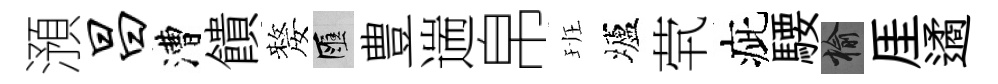
澦昌漕饋嫠匯豊遄帛班壚茕疵騕榆厓遹